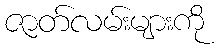
ဇာတ်လမ်းများကို